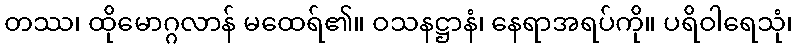
တဿ၊ ထိုမောဂ္ဂလာန် မထေရ်၏။ ဝသနဋ္ဌာနံ၊ နေရာအရပ်ကို။ ပရိဝါရေသုံ၊